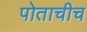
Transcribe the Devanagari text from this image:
पोताचीच